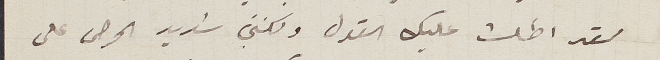
لقد اطلت عليك القول ولكني شديد الحرص على